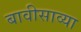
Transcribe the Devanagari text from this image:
बावीसाव्या